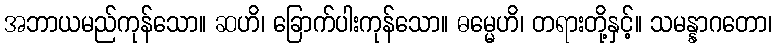
အဘာယမည်ကုန်သော။ ဆဟိ၊ ခြောက်ပါးကုန်သော။ ဓမ္မေဟိ၊ တရားတို့နှင့်။ သမန္နာဂတော၊